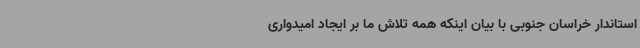
استاندار خراسان جنوبی با بیان اینکه همه تلاش ما بر ایجاد امیدواری